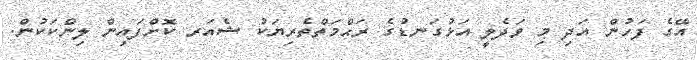
އޭގެ ފަހުން އަދި މި ވަދެލީ އަޅުގަނޑުގެ ރަޙްމަތްތެރިޔަކު ޝެއަރ ކޮށްފައިން ލިންކަކުން.